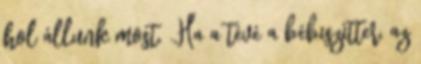
hol állunk most. „Ha a tévé a bébiszitter, az